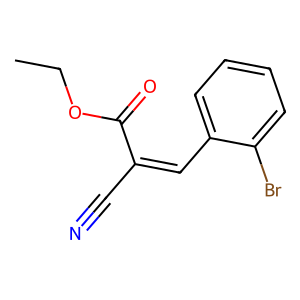
SMILES: CCOC(=O)C(C#N)=Cc1ccccc1Br
Inhibits HIV replication: No